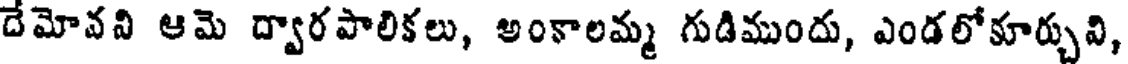
దేమోవవి ఆమె ద్వారపాలికలు, అంకాలమ్మ గుడిముందు, ఎండలోకూర్చువి,